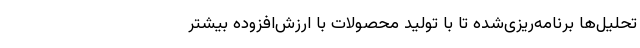
تحلیل‌ها برنامه‌ریزی‌شده تا با تولید محصولات با ارزش‌افزوده بیشتر